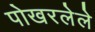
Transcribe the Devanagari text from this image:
पोखरलेले